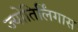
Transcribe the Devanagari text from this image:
ज्योतिर्लिंगास